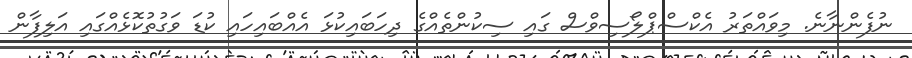
ނުފެންނާނެ. މިވައްތަރު އެކްސްޕްލޯސިވްސް ގައި ސިކުންތެއްގެ ދިހަބައިކުޅަ އެއްބައިހައި ކުޑަ ވަގުތުކޮޅެއްގައި އަލިފާން